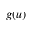
g ( u )